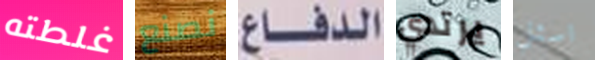
غلطته نصنع الدفاع يرتدي اسئل